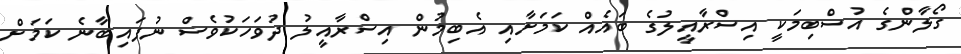
ގޯލާންގެ އުސްބިމަކީ އިސްރާއީލުގެ ބައެއް ކަމަށާއި އެބިމުން އިސްރާއީލު ދުވަހަކުވެސް ނުފައިބާނެ ކަމަށް